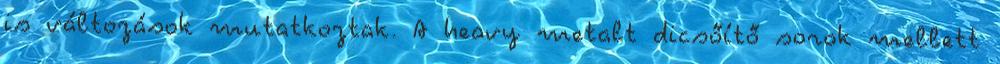
is változások mutatkoztak. A heavy metalt dicsőítő sorok mellett